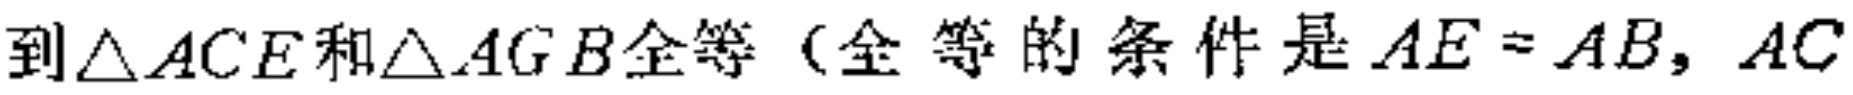
到\(\triangle ACE\)和\(\triangle AGB\)全等（全等的条件是\(AE = AB\)，\(AC\)